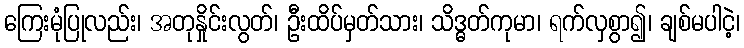
ကြေးမုံပြုလည်း၊ အတုနှိုင်းလွတ်၊ ဦးထိပ်မှတ်သား၊ သိဒ္ဓတ်ကုမာ၊ ရက်လှစွာ၍၊ ချစ်မပါငဲ့၊